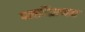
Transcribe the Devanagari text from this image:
पलनिअप्पन